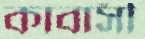
কাবাসী